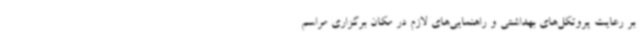
بر رعایت پروتکل‌های بهداشتی و راهنمایی‌های لازم در مکان برگزاری مراسم